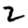
Digit: 2